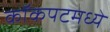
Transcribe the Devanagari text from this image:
कॉकपटमध्ये